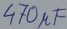
Text: 470µF